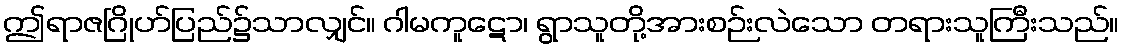
ဤရာဇဂြိုဟ်ပြည်၌သာလျှင်။ ဂါမကူဋော၊ ရွာသူတို့အားစဉ်းလဲသော တရားသူကြီးသည်။